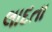
લાદતા